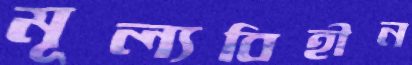
মূল্যবিহীন